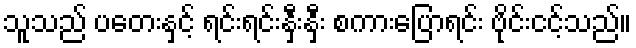
သူသည် ပတေးနှင့် ရင်းရင်းနှီးနှီး စကားပြောရင်း ဗိုင်းငင့်သည်။